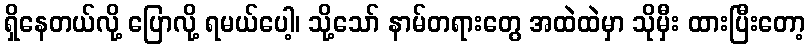
ရှိနေတယ်လို့ ပြောလို့ ရမယ်ပေါ့၊ သို့သော် နာမ်တရားတွေ အထဲထဲမှာ သိုမှီး ထားပြီးတော့